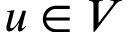
u \in V